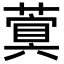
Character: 𮑐